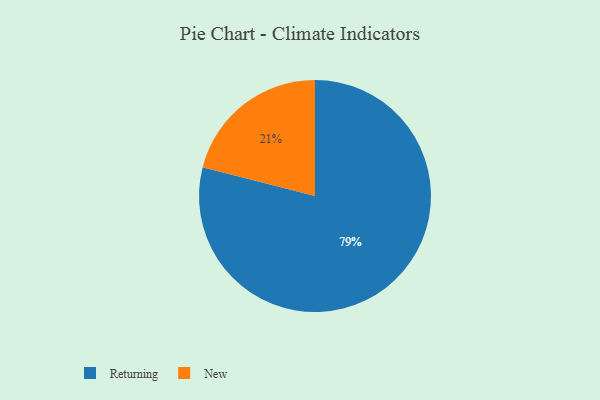
{"axis": {"x": "Category", "y": "Percentage"}, "legend": ["New", "Returning"], "data": [{"x": "Returning", "y": 79, "type": "Returning"}, {"x": "New", "y": 21, "type": "New"}]}